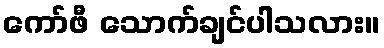
ကော်ဖီ သောက်ချင်ပါသလား။